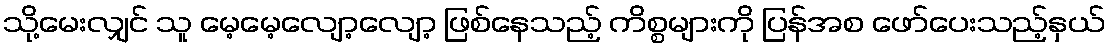
သို့မေးလျှင် သူ မေ့မေ့လျော့လျော့ ဖြစ်နေသည့် ကိစ္စများကို ပြန်အစ ဖော်ပေးသည့်နှယ်